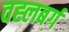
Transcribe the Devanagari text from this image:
वह्लबर्ग